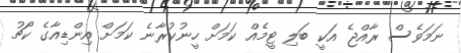
ނަމަވެސް ރާއްޖެ އަކީ ބަލި ޓީމެއް ކަމަށް ހީނުކުރާނެ ކަމަށް އިންޑިއާގެ ކޯޗު